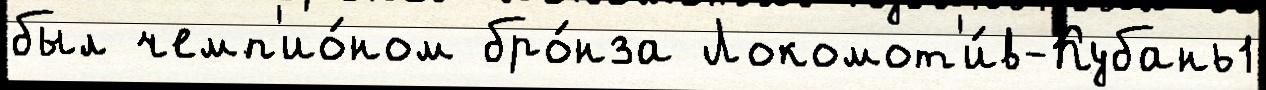
был чемп'ио́ном бро́нза Локомот'и́в-Кубань1